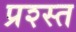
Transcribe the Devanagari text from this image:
प्रश्स्त